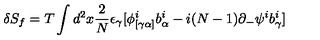
\delta S _ { f } = T \int d ^ { 2 } x { \frac { 2 } { N } } \epsilon _ { \gamma } [ \phi _ { [ \gamma \alpha ] } ^ { i } b _ { \alpha } ^ { i } - i ( N - 1 ) \partial _ { - } \psi ^ { i } b _ { \gamma } ^ { i } ]